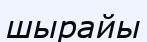
шырайы